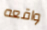
واقعه